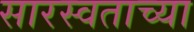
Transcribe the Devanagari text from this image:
सारस्वताच्या